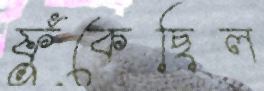
ফুঁকেছিল